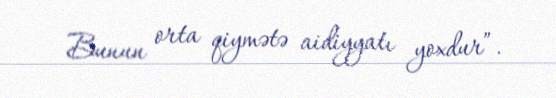
Bunun orta qiymətə aidiyyatı yoxdur”.